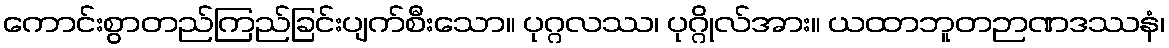
ကောင်းစွာတည်ကြည်ခြင်းပျက်စီးသော။ ပုဂ္ဂလဿ၊ ပုဂ္ဂိုလ်အား။ ယထာဘူတဉာဏဒဿနံ၊